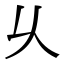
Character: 乆